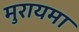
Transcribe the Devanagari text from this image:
मुरायमा